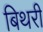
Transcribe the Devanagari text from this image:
बिथरी